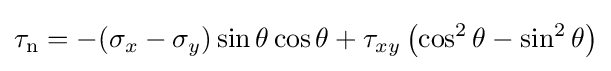
\tau _{\mathrm {n} }=-(\sigma _{x}-\sigma _{y})\sin \theta \cos \theta +\tau _{xy}\left(\cos ^{2}\theta -\sin ^{2}\theta \right)